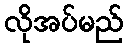
လိုအပ်မည်